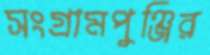
সংগ্রামপুঞ্জির